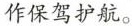
作保驾护航。